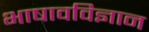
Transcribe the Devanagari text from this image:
भाषावविज्ञान